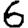
Digit: 6